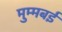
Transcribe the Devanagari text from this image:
मुम्मबई